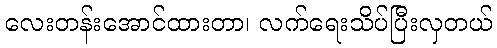
လေးတန်းအောင်ထားတာ၊ လက်ရေးသိပ်ပြီးလှတယ်